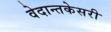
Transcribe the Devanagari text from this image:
वेदान्तकेसरी